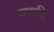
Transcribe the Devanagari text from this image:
यथाहि